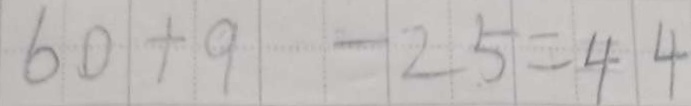
6 0 + 9 - 2 5 = 4 4